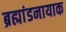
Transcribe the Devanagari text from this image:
ब्रह्मांडनायाक